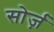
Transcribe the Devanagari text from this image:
सोर्ज़